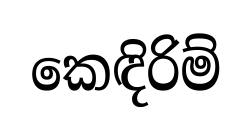
කෙඳිරිම්